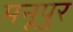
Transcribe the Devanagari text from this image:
मनूपुर